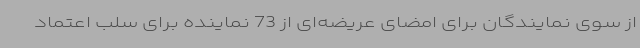
از سوی نمایندگان برای امضای عریضه‌ای از 73 نماینده برای سلب اعتماد